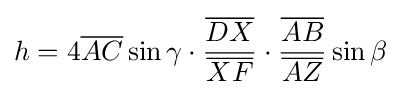
h=4{\overline {AC}}\sin \gamma \cdot {\frac {\overline {DX}}{\overline {XF}}}\cdot {\frac {\overline {AB}}{\overline {AZ}}}\sin \beta